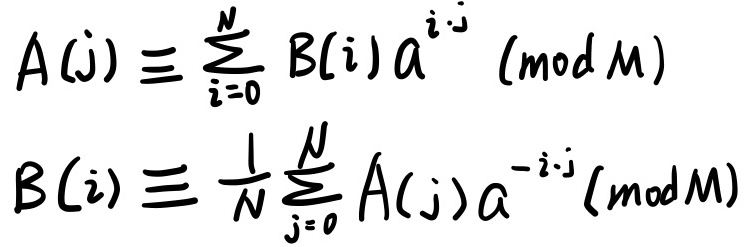
\[
\begin{align*}
A(j)&\equiv \sum_{i = 0}^{N} B(i)a^{i\cdot j}\pmod{M}\\
B(i)&\equiv \frac{1}{N}\sum_{j = 0}^{N} A(j)a^{-i\cdot j}\pmod{M}
\end{align*}
\]